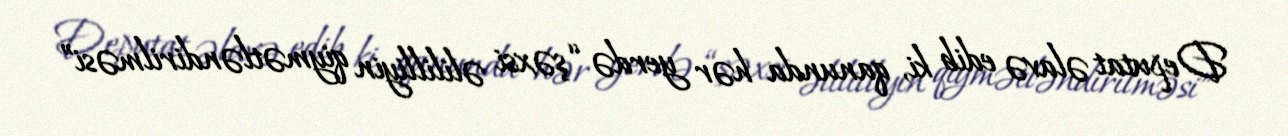
Deputat əlavə edib ki, qanunda hər yerdə “şəxsi əlililliyin qiymətləndirilməsi”